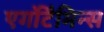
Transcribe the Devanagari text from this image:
एर्गोटैमिन्स